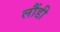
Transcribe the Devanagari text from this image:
लौंडी